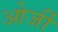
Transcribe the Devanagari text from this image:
ओर्जी